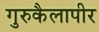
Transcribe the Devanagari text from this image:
गुरुकैलापीर